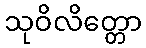
သုဝိလိတ္တော